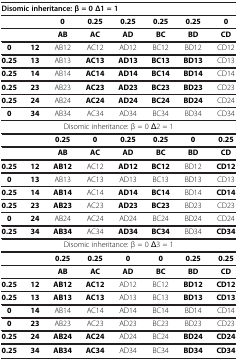
<table><thead><tr><td colspan="8"><b>Disomic inheritance: β = 0 Δ1 = 1</b></td></tr></thead><tbody><tr><td> </td><td> </td><td><b>0</b></td><td><b>0.25</b></td><td><b>0.25</b></td><td><b>0.25</b></td><td><b>0.25</b></td><td><b>0</b></td></tr><tr><td> </td><td> </td><td><b>AB</b></td><td><b>AC</b></td><td><b>AD</b></td><td><b>BC</b></td><td><b>BD</b></td><td><b>CD</b></td></tr><tr><td><b>0</b></td><td><b>12</b></td><td>AB12</td><td>AC12</td><td>AD12</td><td>BC12</td><td>BD12</td><td>CD12</td></tr><tr><td><b>0.25</b></td><td><b>13</b></td><td>AB13</td><td><b>AC13</b></td><td><b>AD13</b></td><td><b>BC13</b></td><td><b>BD13</b></td><td>CD13</td></tr><tr><td><b>0.25</b></td><td><b>14</b></td><td>AB14</td><td><b>AC14</b></td><td><b>AD14</b></td><td><b>BC14</b></td><td><b>BD14</b></td><td>CD14</td></tr><tr><td><b>0.25</b></td><td><b>23</b></td><td>AB23</td><td><b>AC23</b></td><td><b>AD23</b></td><td><b>BC23</b></td><td><b>BD23</b></td><td>CD23</td></tr><tr><td><b>0.25</b></td><td><b>24</b></td><td>AB24</td><td><b>AC24</b></td><td><b>AD24</b></td><td><b>BC24</b></td><td><b>BD24</b></td><td>CD24</td></tr><tr><td><b>0</b></td><td><b>34</b></td><td>AB34</td><td>AC34</td><td>AD34</td><td>BC34</td><td>BD34</td><td>CD34</td></tr><tr><td colspan="8">Disomic inheritance: β = 0 Δ2 = 1</td></tr><tr><td> </td><td> </td><td><b>0.25</b></td><td><b>0</b></td><td><b>0.25</b></td><td><b>0.25</b></td><td><b>0</b></td><td><b>0.25</b></td></tr><tr><td> </td><td> </td><td><b>AB</b></td><td><b>AC</b></td><td><b>AD</b></td><td><b>BC</b></td><td><b>BD</b></td><td><b>CD</b></td></tr><tr><td><b>0.25</b></td><td><b>12</b></td><td><b>AB12</b></td><td>AC12</td><td><b>AD12</b></td><td><b>BC12</b></td><td>BD12</td><td><b>CD12</b></td></tr><tr><td><b>0</b></td><td><b>13</b></td><td>AB13</td><td>AC13</td><td>AD13</td><td>BC13</td><td>BD13</td><td>CD13</td></tr><tr><td><b>0.25</b></td><td><b>14</b></td><td><b>AB14</b></td><td>AC14</td><td><b>AD14</b></td><td><b>BC14</b></td><td>BD14</td><td><b>CD14</b></td></tr><tr><td><b>0.25</b></td><td><b>23</b></td><td><b>AB23</b></td><td>AC23</td><td><b>AD23</b></td><td><b>BC23</b></td><td>BD23</td><td>CD23</td></tr><tr><td><b>0</b></td><td><b>24</b></td><td>AB24</td><td>AC24</td><td>AD24</td><td>BC24</td><td>BD24</td><td>CD24</td></tr><tr><td><b>0.25</b></td><td><b>34</b></td><td><b>AB34</b></td><td>AC34</td><td><b>AD34</b></td><td><b>BC34</b></td><td>BD34</td><td><b>CD34</b></td></tr><tr><td colspan="8">Disomic inheritance: β = 0 Δ3 = 1</td></tr><tr><td> </td><td> </td><td><b>0.25</b></td><td><b>0.25</b></td><td><b>0</b></td><td><b>0</b></td><td><b>0.25</b></td><td><b>0.25</b></td></tr><tr><td> </td><td> </td><td><b>AB</b></td><td><b>AC</b></td><td><b>AD</b></td><td><b>BC</b></td><td><b>BD</b></td><td><b>CD</b></td></tr><tr><td><b>0.25</b></td><td><b>12</b></td><td><b>AB12</b></td><td><b>AC12</b></td><td>AD12</td><td>BC12</td><td><b>BD12</b></td><td><b>CD12</b></td></tr><tr><td><b>0.25</b></td><td><b>13</b></td><td><b>AB13</b></td><td><b>AC13</b></td><td>AD13</td><td>BC13</td><td><b>BD13</b></td><td><b>CD13</b></td></tr><tr><td><b>0</b></td><td><b>14</b></td><td>AB14</td><td>AC14</td><td>AD14</td><td>BC14</td><td>BD14</td><td>CD14</td></tr><tr><td><b>0</b></td><td><b>23</b></td><td>AB23</td><td>AC23</td><td>AD23</td><td>BC23</td><td>BD23</td><td>CD23</td></tr><tr><td><b>0.25</b></td><td><b>24</b></td><td><b>AB24</b></td><td><b>AC24</b></td><td>AD24</td><td>BC24</td><td><b>BD24</b></td><td><b>CD24</b></td></tr><tr><td><b>0.25</b></td><td><b>34</b></td><td><b>AB34</b></td><td><b>AC34</b></td><td>AD34</td><td>BC34</td><td><b>BD34</b></td><td><b>CD34</b></td></tr></tbody></table>